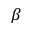
\beta